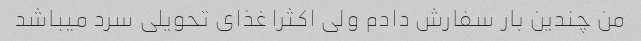
من چندین بار سفارش دادم ولی اکثرا غذای تحویلی سرد میباشد